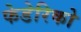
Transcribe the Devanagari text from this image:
फेडेरिको